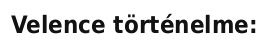
Velence történelme: